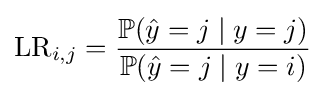
\mathrm {LR} _{i,j}={\frac {\mathbb {P} ({\hat {y}}=j\mid y=j)}{\mathbb {P} ({\hat {y}}=j\mid y=i)}}